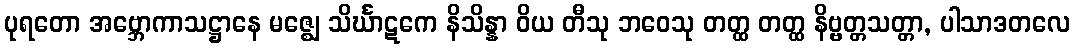
ပုရတော အဗ္ဘောကာသဋ္ဌာနေ မဇ္ဈေ သိင်္ဃာဋကေ နိသိန္နာ ဝိယ တီသု ဘဝေသု တတ္ထ တတ္ထ နိဗ္ဗတ္တသတ္တာ, ပါသာဒတလေ